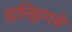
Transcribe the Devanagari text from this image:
डान्झिगने